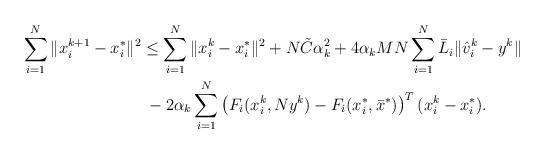
LaTeX: \begin{align*}\sum_{i=1}^N\|x^{k+1}_i-x^*_i\|^2 & \leq \sum_{i=1}^N \|x^k_i-x^*_i\|^2 +N\tilde C\alpha_k^2 +4\alpha_k MN\sum_{i=1}^N \bar L_i \|\hat v_i^k - y^k\| \cr& \; - 2 \alpha_k\sum_{i=1}^N\left(F_i(x^k_i,Ny^k) - F_i(x^*_i,\bar{x}^*)\right)^T(x_i^k-x^*_i).\end{align*}